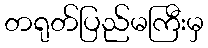
တရုတ်ပြည်မကြီးမှ